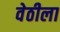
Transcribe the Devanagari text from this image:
वेठीला